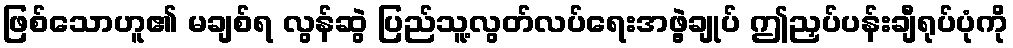
ဖြစ်သောဟူ၏ မချစ်ရ လွန်ဆွဲ ပြည်သူ့လွတ်လပ်ရေးအဖွဲ့ချုပ် ဤညှပ်ပန်းချီရုပ်ပုံကို